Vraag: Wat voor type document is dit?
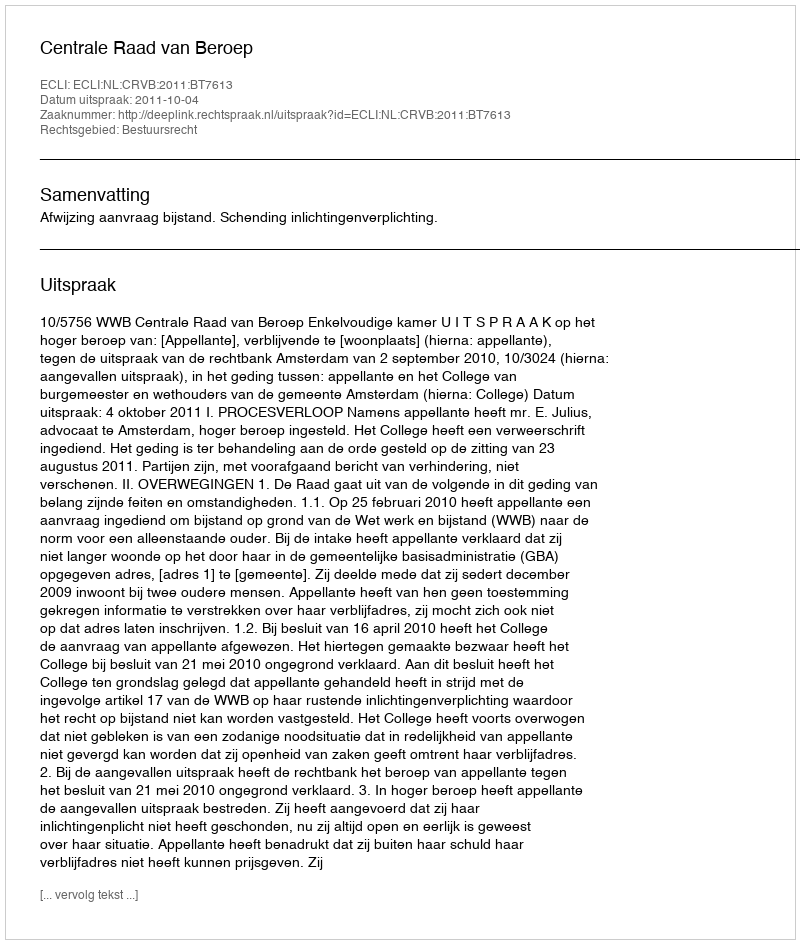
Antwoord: Uitspraak